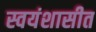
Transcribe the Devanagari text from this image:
स्वयंशासीत